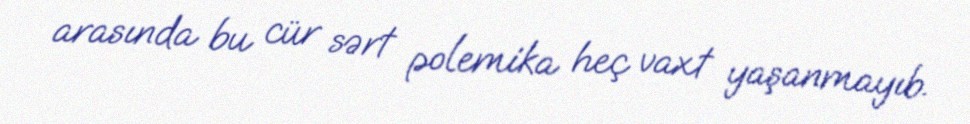
arasında bu cür sərt polemika heç vaxt yaşanmayıb.